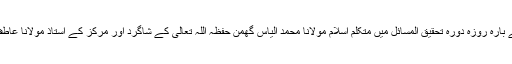
مرکز اہلسنت والجماعت میں ہونے والے بارہ روزہ دورہ تحقیق المسائل میں متکلم اسلام مولانا محمد الیاس گھمن حفظہ اللہ تعالی کے شاگرد اور مرکز کے استاذ مولانا عاطف معاویہ دامت برکاتہم کا تحقیقی سبق۔